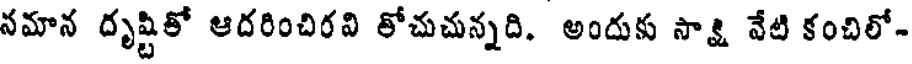
నమాన దృష్టితో ఆదరించిరవి తోచుచున్నది. అందుకు సాక్షి వేటి కంచిలో-